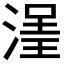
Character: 𣹽